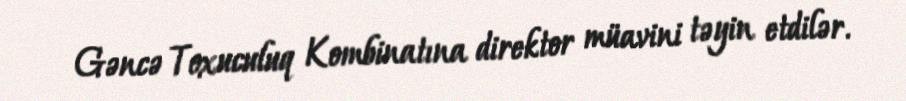
Gəncə Toxuculuq Kombinatına direktor müavini təyin etdilər.